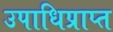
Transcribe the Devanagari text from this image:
उपाधिप्राप्त